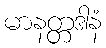
မာနတ္တဒါနံ